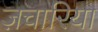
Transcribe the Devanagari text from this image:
ज़चारिया